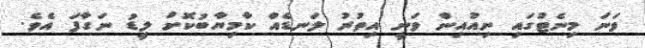
ވަނަ މިނެޓުގައި ނިއުއިން ވަނީ އިތުރު ލަނޑެއް ކާމިޔާބުކޮށް ލީޑު ނަގާފަ އެވެ.